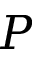
P